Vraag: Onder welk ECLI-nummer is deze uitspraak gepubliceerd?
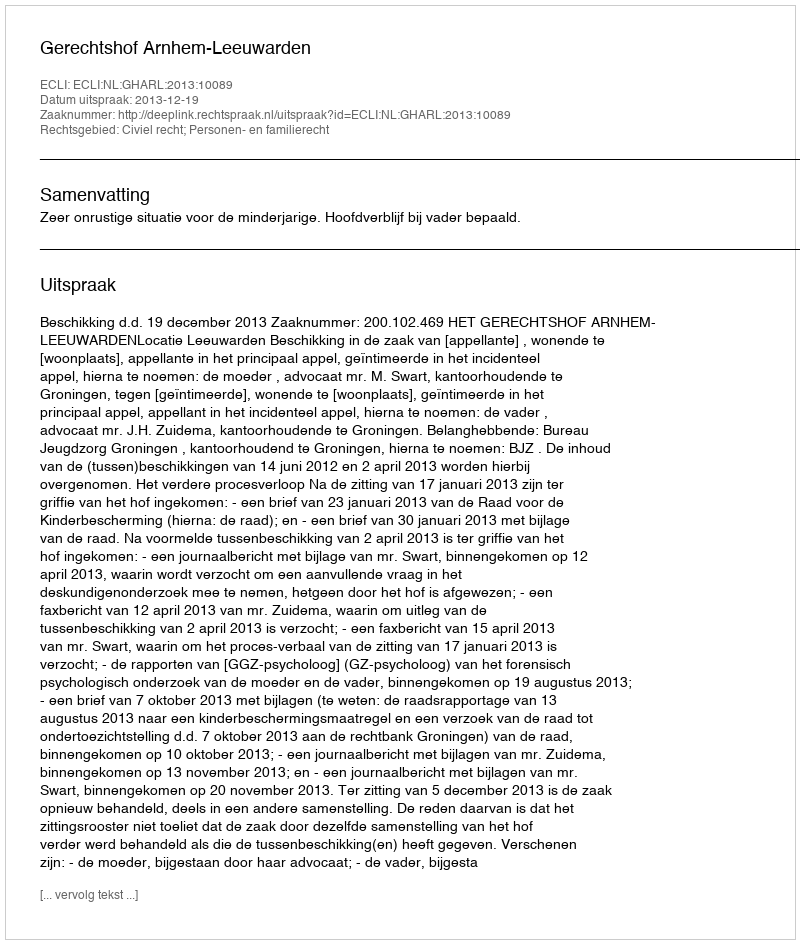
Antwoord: ECLI:NL:GHARL:2013:10089